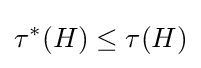
\tau ^{*}(H)\leq \tau (H)